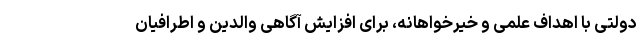
دولتی با اهداف علمی و خیرخواهانه، برای افزایش آگاهی والدین و اطرافیان